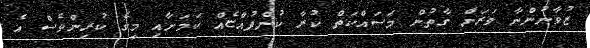
ޒުވާނުންނާ ވަރަށް ގާތުން މަސައްކަތް ކުރާ ކުންފުއްޏެއް ކަމަށާއި މީގެ ކުރިންވެސް އެ